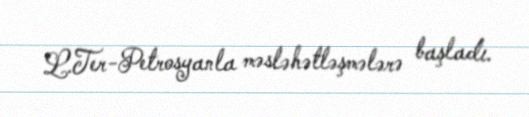
L.Ter-Petrosyanla məsləhətləşmələrə başladı.